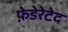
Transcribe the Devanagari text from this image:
फ़ेडेरेटेद